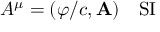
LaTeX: A ^ { \mu } = ( \varphi / c , \mathbf { A } ) \quad { \mathrm { S I } }